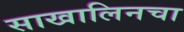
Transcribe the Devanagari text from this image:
साखालिनचा